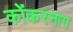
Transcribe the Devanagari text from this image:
कोंकरनाग